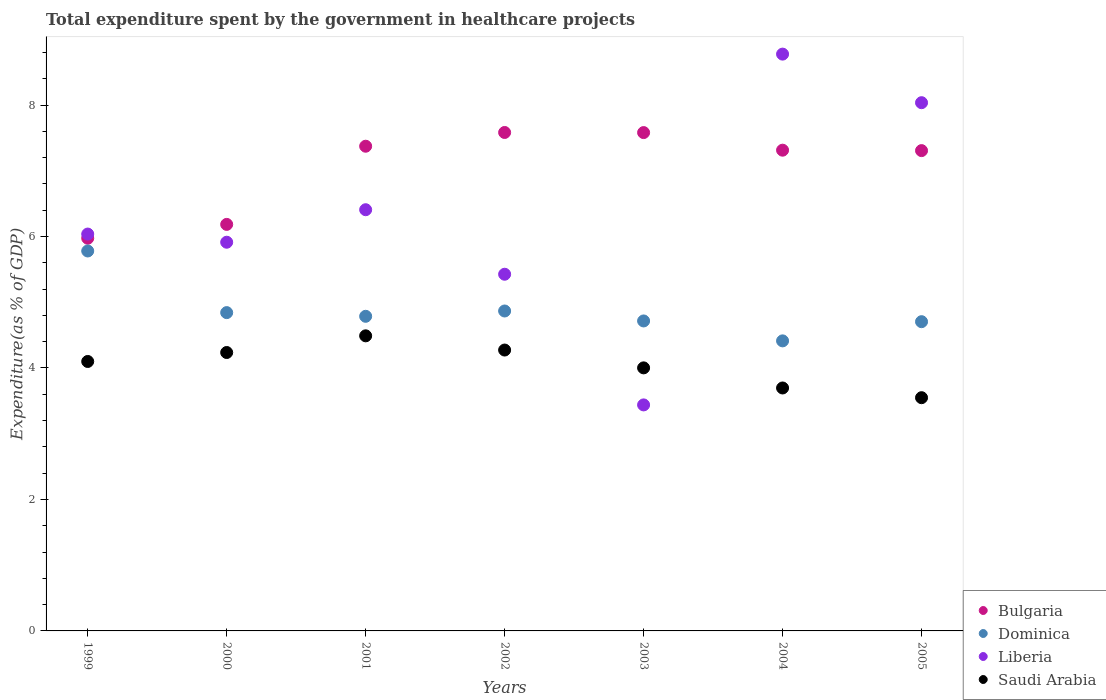
| Years | Bulgaria | Dominica | Liberia | Saudi Arabia |
 | --- | --- | --- | --- | --- |
 | 1999 | 5.97 | 5.78 | 6.04 | 4.1 |
 | 2000 | 6.18 | 4.84 | 5.91 | 4.24 |
 | 2001 | 7.37 | 4.79 | 6.41 | 4.49 |
 | 2002 | 7.58 | 4.87 | 5.43 | 4.27 |
 | 2003 | 7.58 | 4.72 | 3.44 | 4 |
 | 2004 | 7.31 | 4.41 | 8.77 | 3.7 |
 | 2005 | 7.31 | 4.7 | 8.04 | 3.55 |